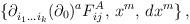
LaTeX: \begin{align*}\{\partial^{}_{i_1 \ldots i_k}(\partial_0)^aF^{A}_{ij},\,x^m,\,dx^m\}\,,\end{align*}